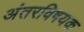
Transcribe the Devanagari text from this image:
अंतरविषयक